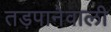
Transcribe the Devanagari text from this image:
तड़पानेवाली